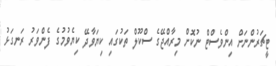
ޓީޗަރުންނަށް އިންވެސްޓް ނުކޮށް މިރާއްޖޭގެ ސްކޫލް ތަކުގައި ކިޔަވާދޭ ކިޔެވުމުގެ ފެންވަރު ރަނގަޅު